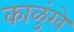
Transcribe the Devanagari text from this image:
काळुंखे